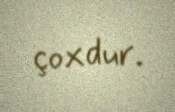
çoxdur.